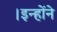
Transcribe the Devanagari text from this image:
।इन्हाेंने